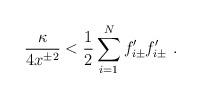
LaTeX: \begin{align*}{\kappa\over 4x^{\pm 2}}< {1\over 2}\sum_{i=1}^Nf'_{i\pm}f'_{i\pm}\ .\end{align*}